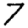
Digit: 7